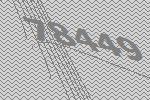
78449